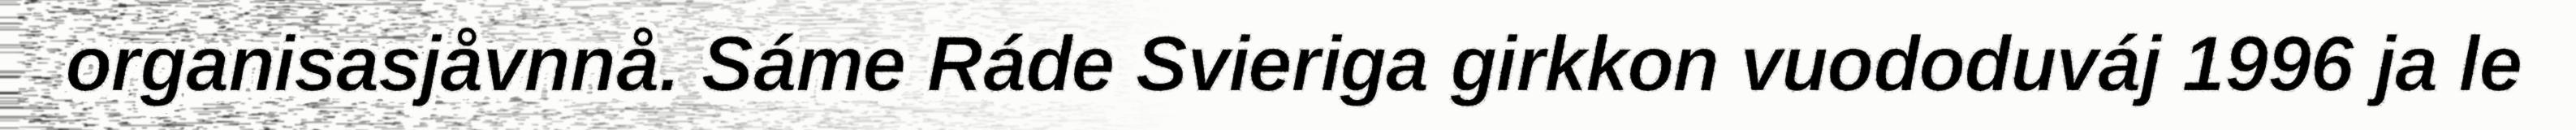
organisasjåvnnå. Sáme Ráde Svieriga girkkon vuododuváj 1996 ja le